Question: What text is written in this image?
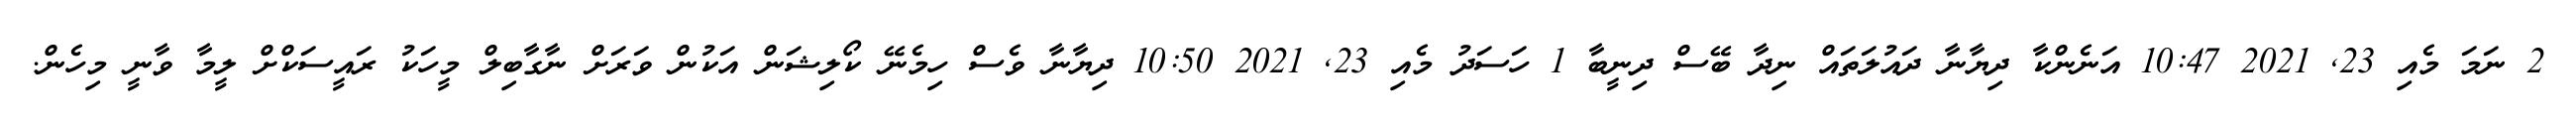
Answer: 2 ނަމަ މެއި 23, 2021 10:47 އަނެންކާ ދިޔާނާ ދައުލަތައް ނިދާ ބޭސް ދިނީބާ 1 ހަސަދު މެއި 23, 2021 10:50 ދިޔާނާ ވެސް ހިމެނޭ ކޯލިޝަން އަކުން ވަރަށް ނާގާބިލް މީހަކު ރައީސަކްށް ލީމާ ވާނީ މިހެން.